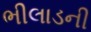
ભીલાડની